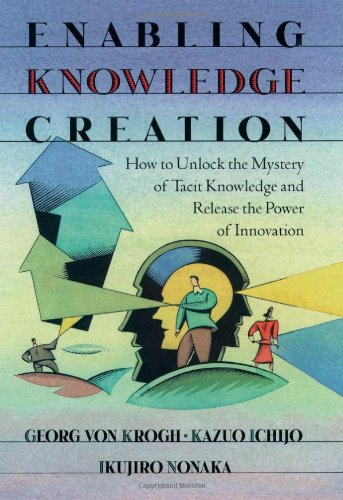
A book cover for Enabling Knowledge Creation: How to Unlock the Mystery of Tacit Knowledge and Release the Power of Innovation; Georg von Krogh; Business & Money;